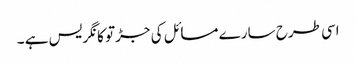
اسی طرح سارے مسائل کی جڑتو کانگریس ہے ۔